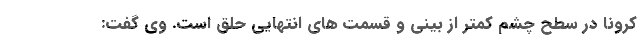
کرونا در سطح چشم کمتر از بینی و قسمت های انتهایی حلق است. وی گفت: